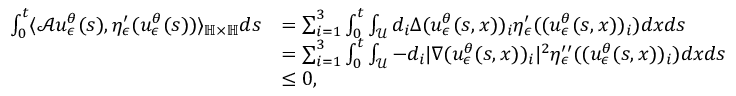
\begin{array} { r l } { \int _ { 0 } ^ { t } \langle \mathcal { A } u _ { \epsilon } ^ { \theta } ( s ) , \eta _ { \epsilon } ^ { \prime } ( u _ { \epsilon } ^ { \theta } ( s ) ) \rangle _ { \mathbb { H } \times \mathbb { H } } d s } & { = \sum _ { i = 1 } ^ { 3 } \int _ { 0 } ^ { t } \int _ { \mathcal { U } } d _ { i } \Delta ( u _ { \epsilon } ^ { \theta } ( s , x ) ) _ { i } \eta _ { \epsilon } ^ { \prime } ( ( u _ { \epsilon } ^ { \theta } ( s , x ) ) _ { i } ) d x d s } \\ & { = \sum _ { i = 1 } ^ { 3 } \int _ { 0 } ^ { t } \int _ { \mathcal { U } } - d _ { i } \vert \nabla ( u _ { \epsilon } ^ { \theta } ( s , x ) ) _ { i } \vert ^ { 2 } \eta _ { \epsilon } ^ { \prime \prime } ( ( u _ { \epsilon } ^ { \theta } ( s , x ) ) _ { i } ) d x d s } \\ & { \leq 0 , } \end{array}